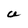
Character: U